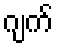
ဂျက်